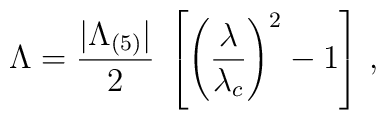
\Lambda = \frac{|\Lambda_{(5)}|}{2}\;\left[\left(\frac{\lambda}{\lambda_c}\right)^2-1\right] \, ,